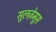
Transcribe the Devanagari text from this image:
सुलज़ेमूस